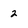
Character: 2